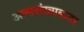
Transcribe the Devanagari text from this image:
अल्पसंख्यकता